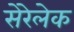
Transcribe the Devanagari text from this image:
सेरेलेक